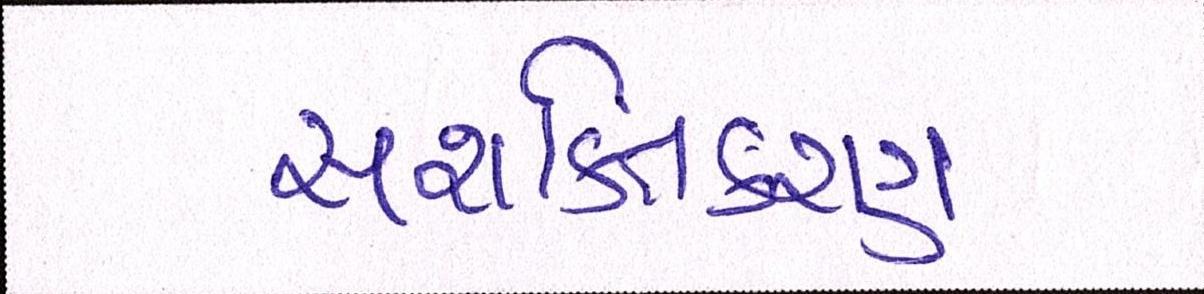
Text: સશક્તિકરણ